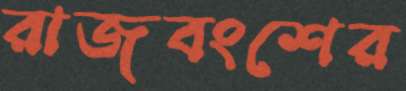
রাজবংশের